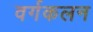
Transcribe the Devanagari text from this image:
वर्गकलन